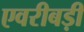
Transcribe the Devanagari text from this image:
एवरीबड़ी